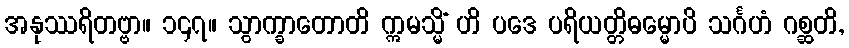
အနုဿရိတဗ္ဗာ။ ၁၄၇။ သွာက္ခာတောတိ ဣမသ္မိံ ဟိ ပဒေ ပရိယတ္တိဓမ္မောပိ သင်္ဂဟံ ဂစ္ဆတိ,